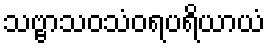
သဗ္ဗာသဝသံဝရပရိယာယံ